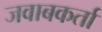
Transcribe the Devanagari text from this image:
जवाबकर्ता